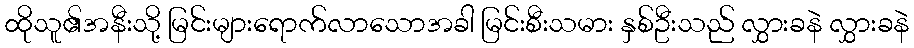
ထိုသူ၏အနီးသို့ မြင်းများရောက်လာသောအခါ မြင်းစီးသမား နှစ်ဦးသည် လွှားခနဲ လွှားခနဲ